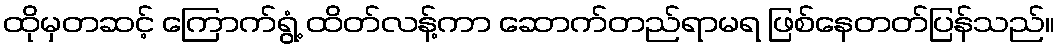
ထိုမှတဆင့် ကြောက်ရွံ့ ထိတ်လန့်ကာ ဆောက်တည်ရာမရ ဖြစ်နေတတ်ပြန်သည်။